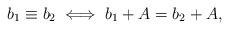
LaTeX: \begin{align*}b_1 \equiv b_2 \iff b_1+A = b_2+A,\end{align*}